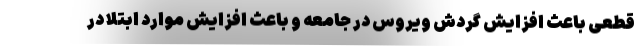
قطعی باعث افزایش گردش ویروس در جامعه و باعث افزایش موارد ابتلا در